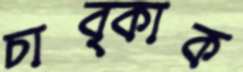
চাব্‌কাক